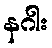
နဂါး